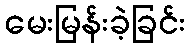
မေးမြန်းခဲ့ခြင်း